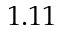
1 . 1 1